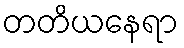
တတိယနေရာ